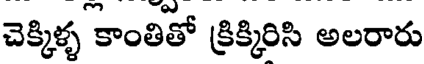
చెక్కిళ్ళ కాంతితో క్రిక్కిరిసి అలరారు